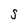
Character: S